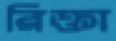
রিক্তা